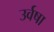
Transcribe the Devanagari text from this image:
उर्वषा